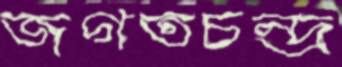
জগতচন্দ্র